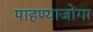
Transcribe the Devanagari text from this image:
पाहण्याजोगा